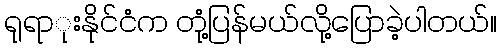
ရုရာုးနိုင်ငံက တုံ့ပြန်မယ်လို့ပြောခဲ့ပါတယ်။